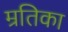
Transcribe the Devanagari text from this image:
म्रतिका